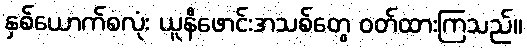
နှစ်ယောက်စလုံး ယူနီဖောင်းအသစ်တွေ ဝတ်ထားကြသည်။